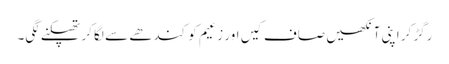
رگڑ کر اپنی آنکھیں صاف کیں اور زعیم کو کندھے سے لگا کر تھپکنے لگی۔